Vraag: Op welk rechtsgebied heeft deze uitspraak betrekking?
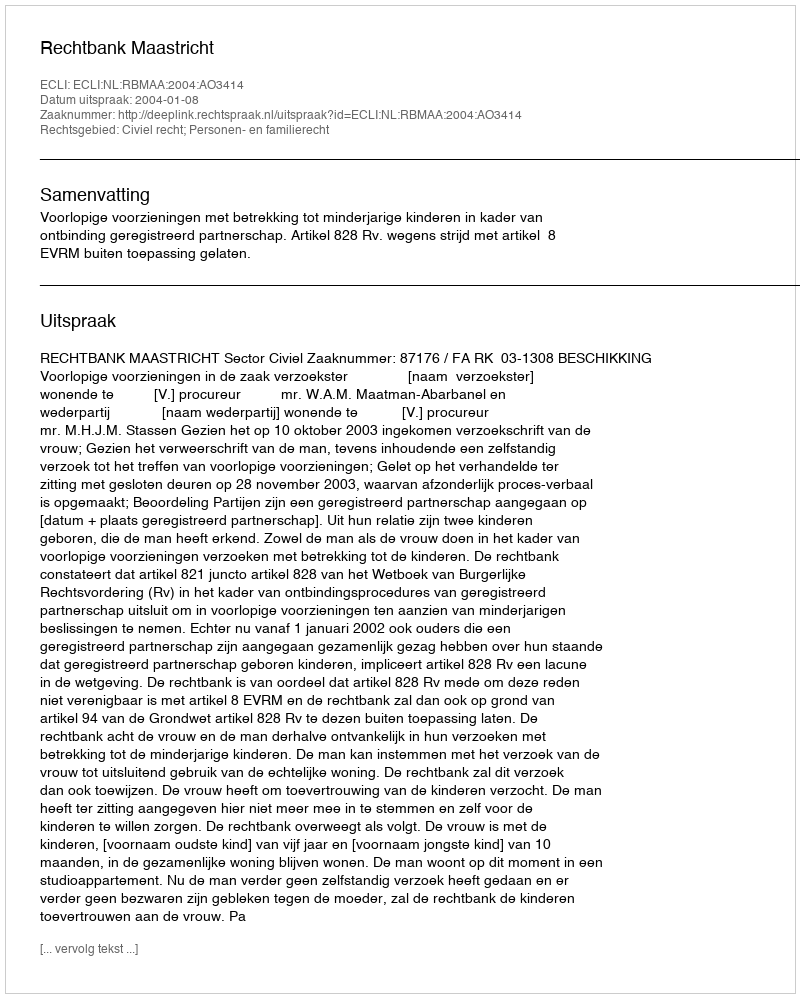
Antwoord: Civiel recht; Personen- en familierecht